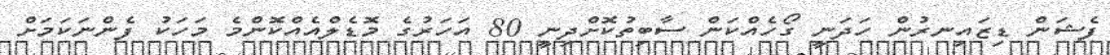
ފެޝަން ޑިޒައިނރުން ހަދަނީ ގޯހެއްކަން ސާބިތުކޮށްދިނީ 80 އަހަރުގެ މޮޑެލްއެއްކޮންމެ މަހަކު ފެންނަކަމަށް